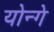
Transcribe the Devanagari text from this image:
योन्गे